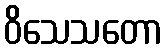
ဝိသေသတော